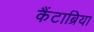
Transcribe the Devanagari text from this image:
कैंटाब्रिया